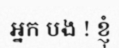
អ្នក បង ! ខ្ញុំ